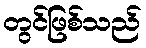
တွင်ဖြစ်သည်